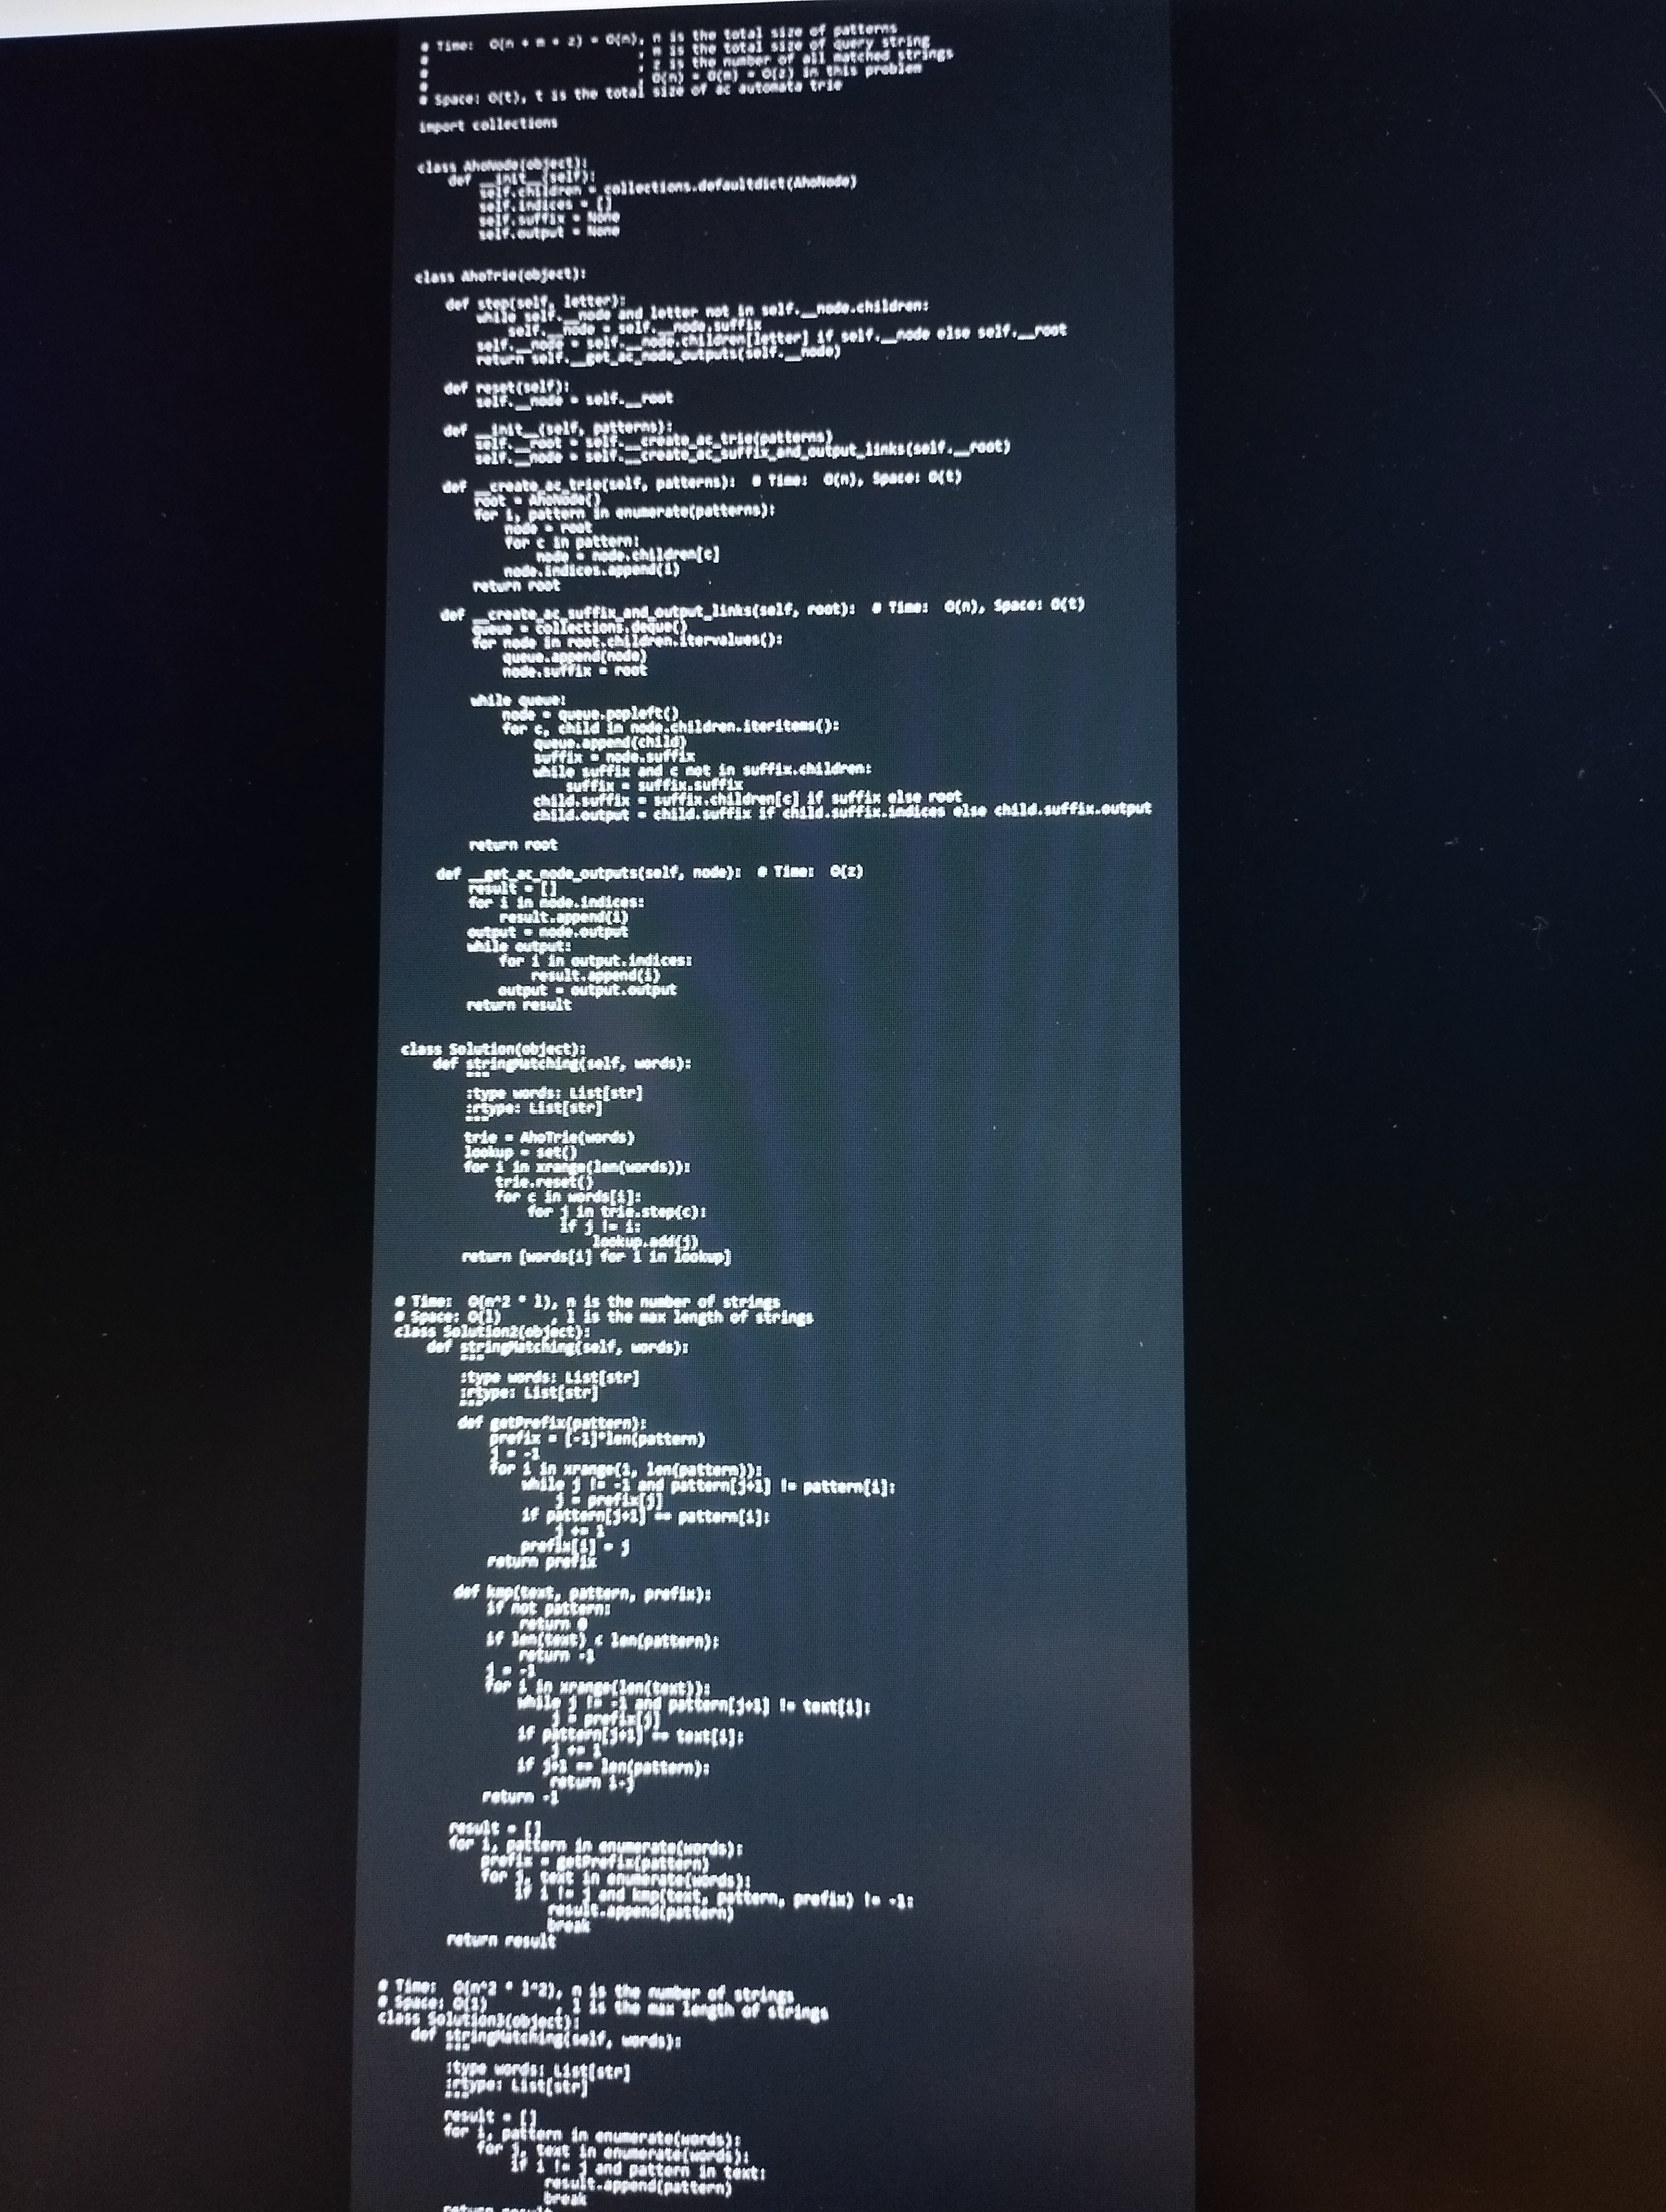
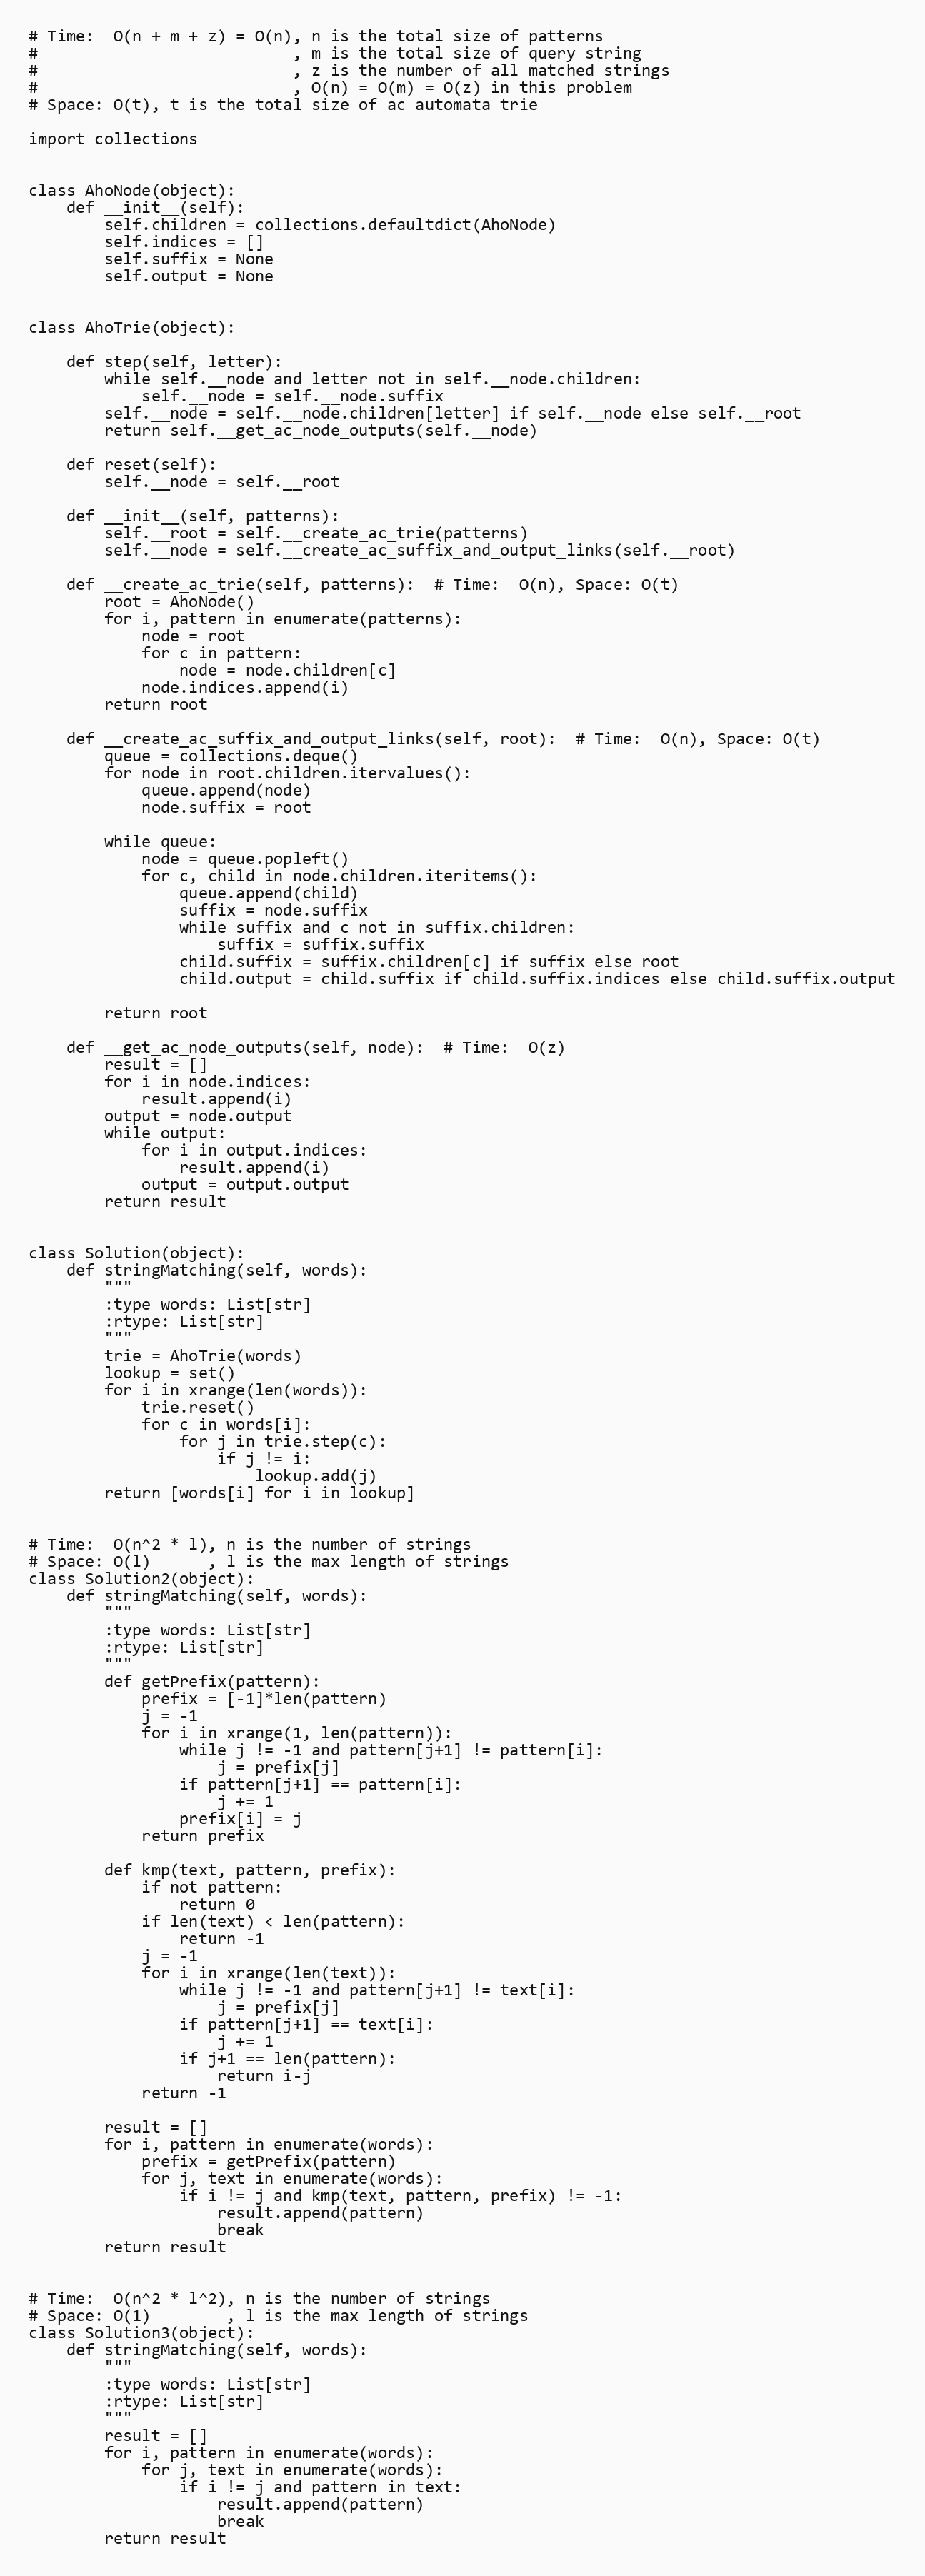
# Time:  O(n + m + z) = O(n), n is the total size of patterns
#                           , m is the total size of query string
#                           , z is the number of all matched strings
#                           , O(n) = O(m) = O(z) in this problem
# Space: O(t), t is the total size of ac automata trie

import collections

class AhoNode(object):
    def __init__(self):
        self.children = collections.defaultdict(AhoNode)
        self.indices = []
        self.suffix = None
        self.output = None

class AhoTrie(object):

    def step(self, letter):
        while self.__node and letter not in self.__node.children:
            self.__node = self.__node.suffix
        self.__node = self.__node.children[letter] if self.__node else self.__root
        return self.__get_ac_node_outputs(self.__node)

    def reset(self):
        self.__node = self.__root

    def __init__(self, patterns):
        self.__root = self.__create_ac_trie(patterns)
        self.__node = self.__create_ac_suffix_and_output_links(self.__root)

    def __create_ac_trie(self, patterns):  # Time:  O(n), Space: O(t)
        root = AhoNode()
        for i, pattern in enumerate(patterns):
            node = root
            for c in pattern:
                node = node.children[c]
            node.indices.append(i)
        return root

    def __create_ac_suffix_and_output_links(self, root):  # Time:  O(n), Space: O(t)
        queue = collections.deque()
        for node in root.children.itervalues():
            queue.append(node)
            node.suffix = root

        while queue:
            node = queue.popleft()
            for c, child in node.children.iteritems():
                queue.append(child)
                suffix = node.suffix
                while suffix and c not in suffix.children:
                    suffix = suffix.suffix
                child.suffix = suffix.children[c] if suffix else root
                child.output = child.suffix if child.suffix.indices else child.suffix.output

        return root

    def __get_ac_node_outputs(self, node):  # Time:  O(z)
        result = []
        for i in node.indices:
            result.append(i)
        output = node.output
        while output:
            for i in output.indices:
                result.append(i)
            output = output.output
        return result

class Solution(object):
    def stringMatching(self, words):
        """
        :type words: List[str]
        :rtype: List[str]
        """
        trie = AhoTrie(words)
        lookup = set()
        for i in xrange(len(words)):
            trie.reset()
            for c in words[i]:
                for j in trie.step(c):
                    if j != i:
                        lookup.add(j)
        return [words[i] for i in lookup]

# Time:  O(n^2 * l), n is the number of strings
# Space: O(l)      , l is the max length of strings
class Solution2(object):
    def stringMatching(self, words):
        """
        :type words: List[str]
        :rtype: List[str]
        """
        def getPrefix(pattern):
            prefix = [-1]*len(pattern)
            j = -1
            for i in xrange(1, len(pattern)):
                while j != -1 and pattern[j+1] != pattern[i]:
                    j = prefix[j]
                if pattern[j+1] == pattern[i]:
                    j += 1
                prefix[i] = j
            return prefix

        def kmp(text, pattern, prefix):
            if not pattern:
                return 0
            if len(text) < len(pattern):
                return -1
            j = -1
            for i in xrange(len(text)):
                while j != -1 and pattern[j+1] != text[i]:
                    j = prefix[j]
                if pattern[j+1] == text[i]:
                    j += 1
                if j+1 == len(pattern):
                    return i-j
            return -1

        result = []
        for i, pattern in enumerate(words):
            prefix = getPrefix(pattern)
            for j, text in enumerate(words):
                if i != j and kmp(text, pattern, prefix) != -1:
                    result.append(pattern)
                    break
        return result

# Time:  O(n^2 * l^2), n is the number of strings
# Space: O(1)        , l is the max length of strings
class Solution3(object):
    def stringMatching(self, words):
        """
        :type words: List[str]
        :rtype: List[str]
        """
        result = []
        for i, pattern in enumerate(words):
            for j, text in enumerate(words):
                if i != j and pattern in text:
                    result.append(pattern)
                    break
        return result